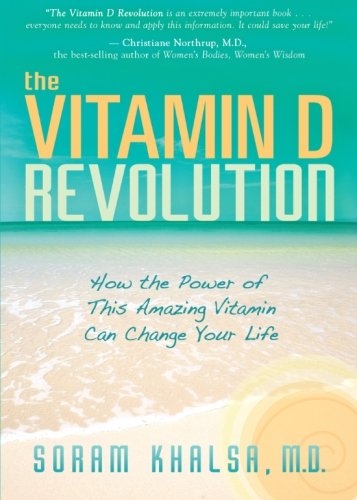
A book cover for The Vitamin D Revolution: How the Power of This Amazing Vitamin Can Change Your Life; Soram Khalsa; Health, Fitness & Dieting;